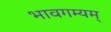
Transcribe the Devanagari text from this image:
भावगम्यम्